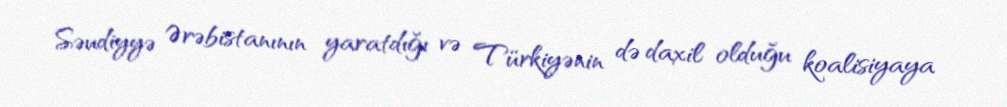
Səudiyyə Ərəbistanının yaratdığı və Türkiyənin də daxil olduğu koalisiyaya